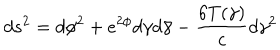
d s ^ { 2 } = d \phi ^ { 2 } + e ^ { 2 \phi } d \gamma d \bar { \gamma } - { \frac { 6 T ( \gamma ) } { c } } d \gamma ^ { 2 }